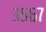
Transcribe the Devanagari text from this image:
३५६७